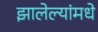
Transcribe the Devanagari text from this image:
झालेल्यांमधे